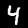
Digit: 4